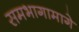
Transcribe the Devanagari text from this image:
समभागामागे